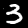
Digit: 3